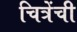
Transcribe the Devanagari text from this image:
चित्रेंची